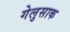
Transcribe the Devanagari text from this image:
गेलुसाक